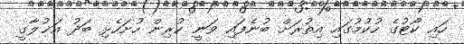
ހައި ކޯޓުގެ ހުކުމުގައި އިތުރަށް ބުނެފައި ވަނީ ކުރިން ހުށަހެޅި ބަދު އަޚުލާގީ